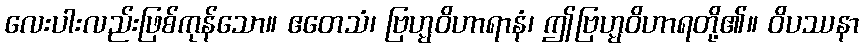
လေးပါးလည်းဖြစ်ကုန်သော။ ဧတေသံ၊ ဗြဟ္မဝိဟာရာနံ၊ ဤဗြဟ္မဝိဟာရတို့၏။ ဝိပဿနာ